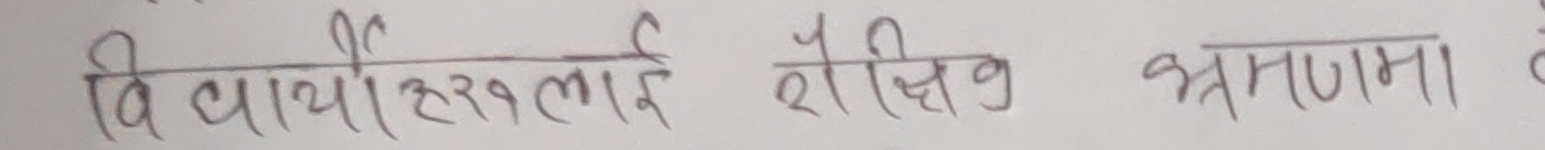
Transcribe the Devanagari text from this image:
विद्यार्थीहरूलाई शैक्षिक भ्रमणमा लै